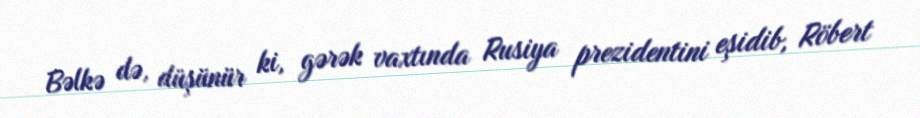
Bəlkə də, düşünür ki, gərək vaxtında Rusiya prezidentini eşidib, Röbert